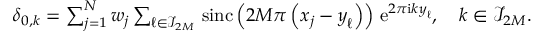
\begin{array} { r } { \delta _ { \boldsymbol 0 , \boldsymbol k } = \sum _ { j = 1 } ^ { N } w _ { j } \sum _ { \boldsymbol \ell \in \mathcal I _ { \b { 2 M } } } \, \mathrm { s i n c } \left( 2 M \pi \left( \boldsymbol x _ { j } - \boldsymbol y _ { \boldsymbol \ell } \right) \right) \, \mathrm e ^ { 2 \pi \mathrm i \boldsymbol k \boldsymbol y _ { \boldsymbol \ell } } , \quad \boldsymbol k \in \mathcal I _ { \b { 2 M } } . } \end{array}